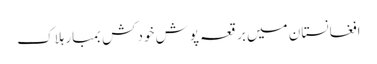
افغانستان میں برقعہ پوش خودکش بمبارہلاک